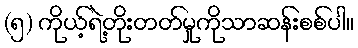
(၅) ကိုယ့်ရဲ့တိုးတတ်မှုကိုသာဆန်းစစ်ပါ။